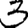
Digit: 3